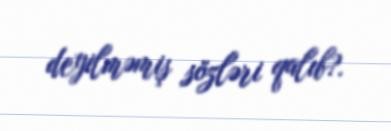
deyilməmiş sözləri qalıb?.